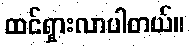
ထင်ရှားလာပါတယ်။